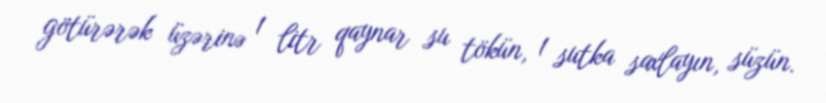
götürərək üzərinə 1 litr qaynar su tökün, 1 sutka saxlayın, süzün.